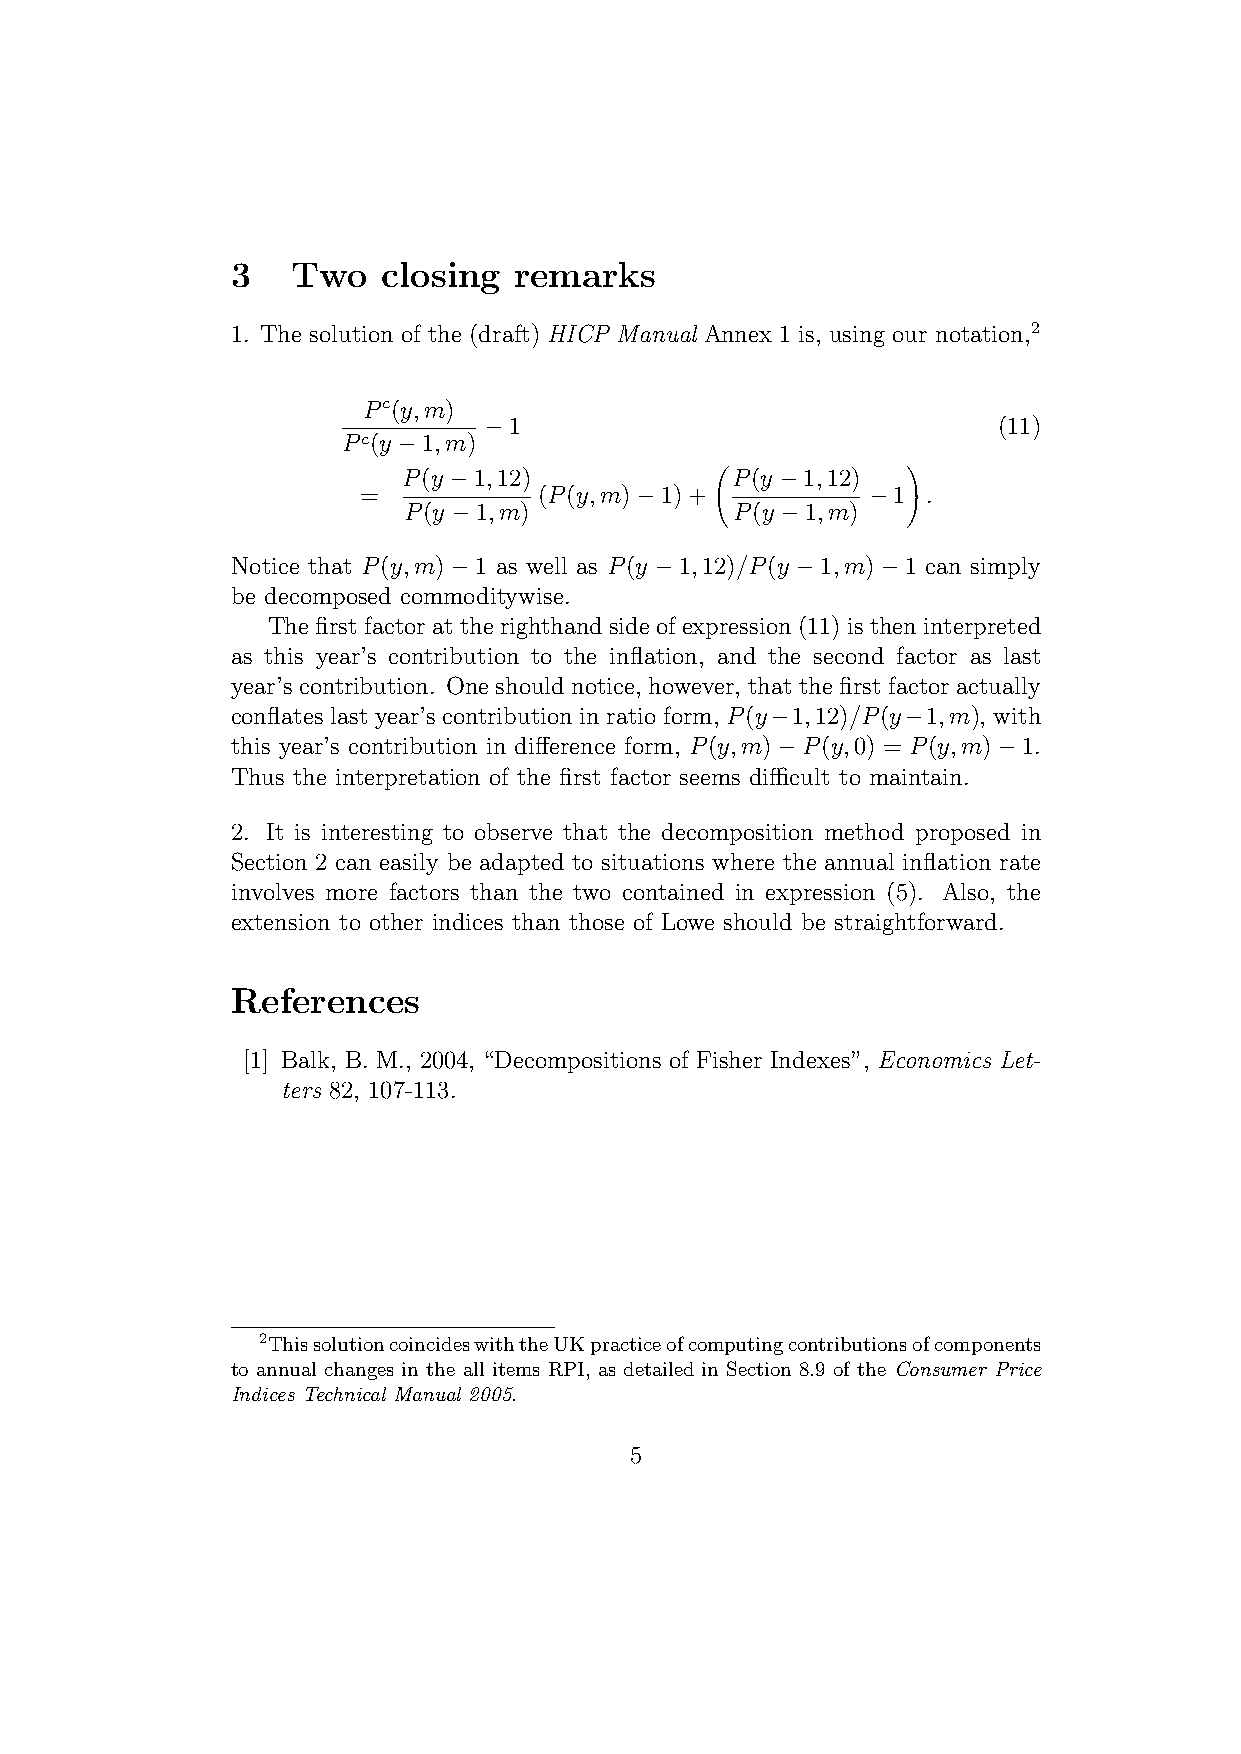
3   Two   closing  remarks
 1. The solution of the (draft) HICP Manual Annex 1 is, using our notation,2
 Pc(y,m)
 −1                                (11)
 Pc(y −1,m)
 !
 P(y −1,12)           P(y −1,12)
 =           (P(y,m)−1)+          −1  .
 P(y −1,m)             P(y −1,m)
 Notice that P(y,m)−1 as well as P(y −1,12)/P(y −1,m)−1 can simply
 be decomposed commoditywise.
 Thefirstfactorattherighthandsideofexpression(11)istheninterpreted
 as this year’s contribution to the inflation, and the second factor as last
 year’s contribution. One should notice, however, that the first factor actually
 conflates last year’s contribution in ratio form, P(y−1,12)/P(y−1,m), with
 this year’s contribution in difference form, P(y,m)−P(y,0) = P(y,m)−1.
 Thus the interpretation of the first factor seems difficult to maintain.
 2. It is interesting to observe that the decomposition method proposed in
 Section 2 can easily be adapted to situations where the annual inflation rate
 involves more factors than the two contained in expression (5). Also, the
 extension to other indices than those of Lowe should be straightforward.
 References
 [1] Balk, B. M., 2004, “Decompositions of Fisher Indexes”, Economics Let-
 ters 82, 107-113.
 2ThissolutioncoincideswiththeUKpracticeofcomputingcontributionsofcomponents
 to annual changes in the all items RPI, as detailed in Section 8.9 of the Consumer Price
 Indices Technical Manual 2005.
 5